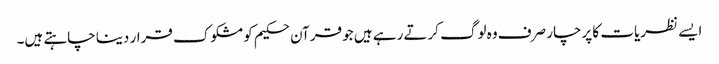
ایسے نظریات کا پرچار صرف وہ لوگ کرتے رہے ہیں جو قرآن حکیم کو مشکوک قرار دینا چاہتے ہیں۔